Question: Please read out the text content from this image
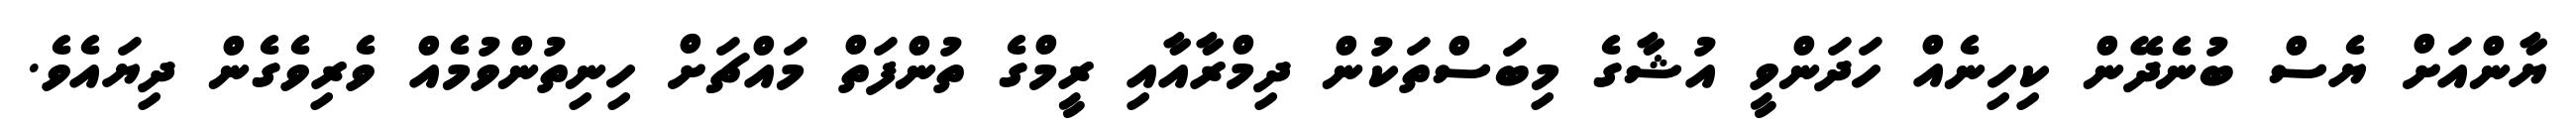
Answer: ޔާންއަށް ޔެސް ބުނެދޭން ކިހިނެއް ހަދަންވީ އުޝާގެ މިބަސްތަކުން ދިމްރާއާއި ރީމްގެ ތުންފަތް މައްޗަށް ހިނިތުންވުމެއް ވެރިވެގެން ދިޔައެވެ.